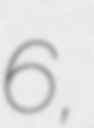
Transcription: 6,